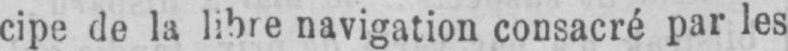
cipe de la libre navigation consacré par les